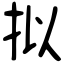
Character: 拟